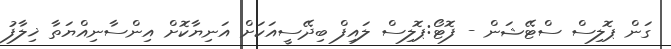
ގަން ޕޮލިސް ސްޓޭޝަން - ފޮޓޯ:ޕޮލިސް ލައިފް ބިދޭސީއަކަށް އަނިޔާކޮށް އިންސާނިއްޔަތާ ޚިލާފު